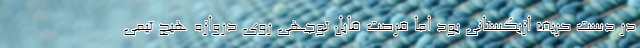
در دست حریف ازبکستانی بود اما فرصت قابل توجهی روی دروازه هیچ تیمی